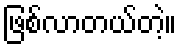
ဖြစ်လာတယ်တဲ့။